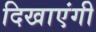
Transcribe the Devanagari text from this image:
दिखाएंगी